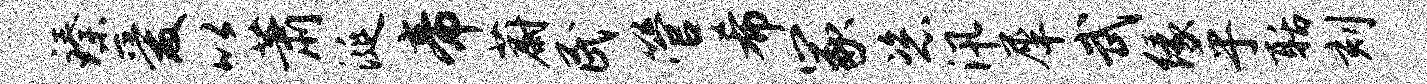
臻爱以萧涎帝蔚民管希冢恣汛犀武缘乎聒刻